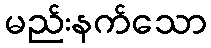
မည်းနက်သော